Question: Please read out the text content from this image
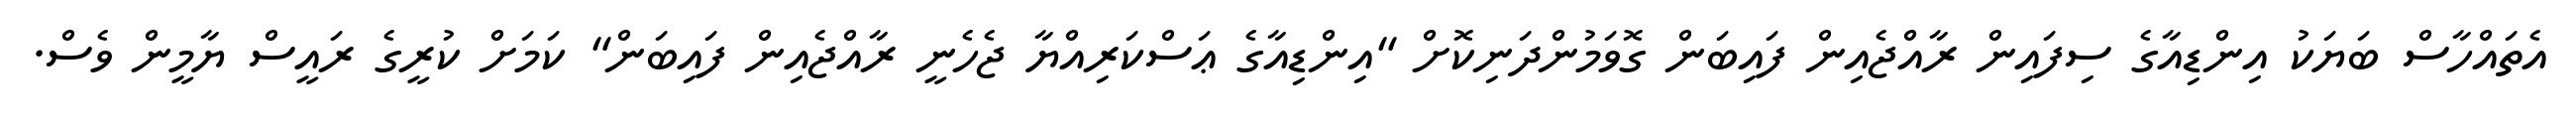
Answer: އެތައްހާސް ބަޔަކު އިންޑިއާގެ ސިފައިން ރާއްޖެއިން ފައިބަން ގޮވަމުންދަނިކޮށް "އިންޑިއާގެ ޢަސްކަރިއްޔާ ޖެހެނީ ރާއްޖެއިން ފައިބަން" ކަމަށް ކުރީގެ ރައީސް ޔާމީން ވެސް.